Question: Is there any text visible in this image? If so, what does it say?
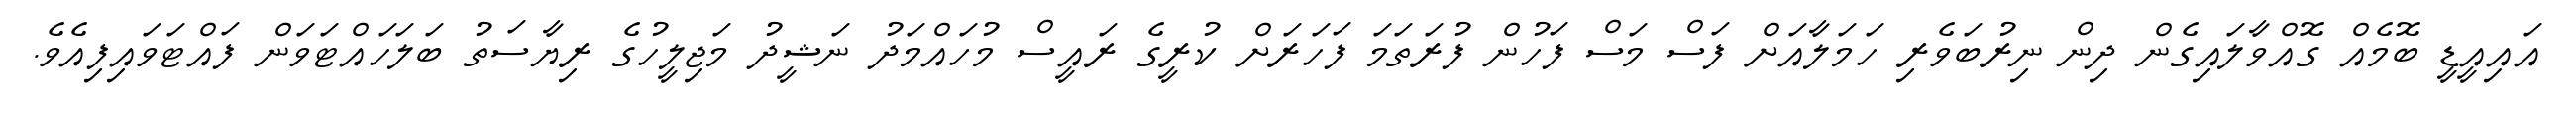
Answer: އައިއީޑީ ބޮމެއް ގޮއްވާލައިގެން ދިން ނިރުބަވެރި ހަމަލާއަށް ފަސް މަސް ފަހުން ފުރަތަމަ ފަހަރަށް ކުރީގެ ރައީސް މުހައްމަދު ނަޝީދު މަޖިލީހުގެ ރިޔާސަތު ބަލަހައްޓަވަން ފައްޓަވައިފިއެވެ.